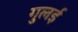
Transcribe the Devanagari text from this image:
गुलई